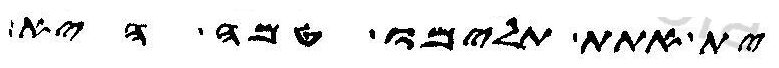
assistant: ית אתת תלימו טמה היא